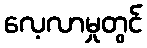
လေ့လာမှုတွင်